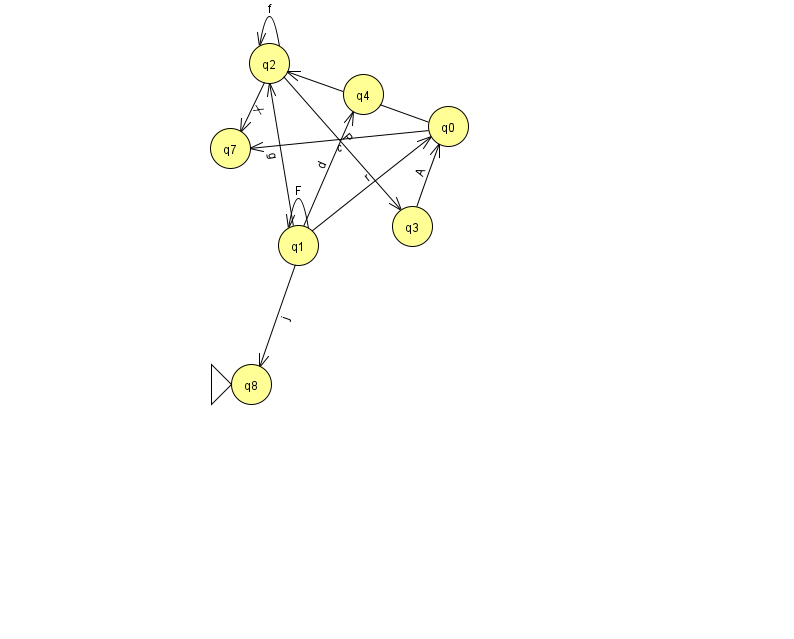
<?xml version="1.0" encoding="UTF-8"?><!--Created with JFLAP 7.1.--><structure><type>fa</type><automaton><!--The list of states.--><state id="0" name="q0"><x>448.0</x><y>113.0</y></state><state id="1" name="q1"><x>298.0</x><y>232.0</y></state><state id="2" name="q2"><x>269.0</x><y>50.0</y></state><state id="3" name="q3"><x>412.0</x><y>213.0</y></state><state id="4" name="q4"><x>363.0</x><y>81.0</y></state><state id="7" name="q7"><x>230.0</x><y>135.0</y></state><state id="8" name="q8"><x>251.0</x><y>371.0</y><initial/></state><!--The list of transitions.--><transition><from>3</from><to>0</to><read>A</read></transition><transition><from>0</from><to>7</to><read>c</read></transition><transition><from>1</from><to>2</to><read>g</read></transition><transition><from>1</from><to>4</to><read>d</read></transition><transition><from>1</from><to>1</to><read>F</read></transition><transition><from>2</from><to>2</to><read>f</read></transition><transition><from>2</from><to>7</to><read>X</read></transition><transition><from>0</from><to>2</to><read>Q</read></transition><transition><from>1</from><to>0</to><read>r</read></transition><transition><from>2</from><to>3</to><read>P</read></transition><transition><from>1</from><to>8</to><read>j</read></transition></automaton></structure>